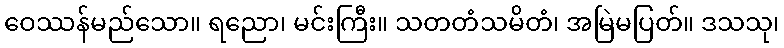
ဝေဿန်မည်သော။ ရညော၊ မင်းကြီး။ သတတံသမိတံ၊ အမြဲမပြတ်။ ဒသသု၊